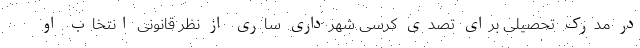
در مدرک تحصیلی برای تصدی کرسی شهرداری ساری از نظر قانونی انتخاب او